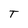
Character: T